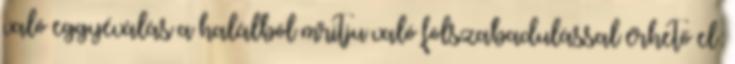
való eggyéválás a halálból mritju való fölszabadulással érhető el: